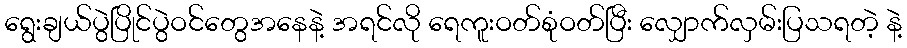
ရွေးချယ်ပွဲပြိုင်ပွဲဝင်တွေအနေနဲ့ အရင်လို ရေကူးဝတ်စုံဝတ်ပြီး လျှောက်လှမ်းပြသရတဲ့ နဲ့